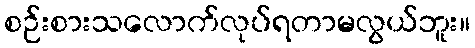
စဉ်းစားသလောက်လုပ်ရတာမလွယ်ဘူး။